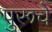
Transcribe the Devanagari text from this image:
पुरूचे